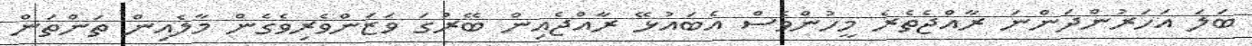
ބަލަ އަހަރުންދަންނަ ރާއްޖެތެރެ މީހުންވެސް އެބައުޅޭ ރާއްޖެއިން ބޭރުގަ ވަޒަންވެރިވެގެން މާލެއިން ތަންތަން